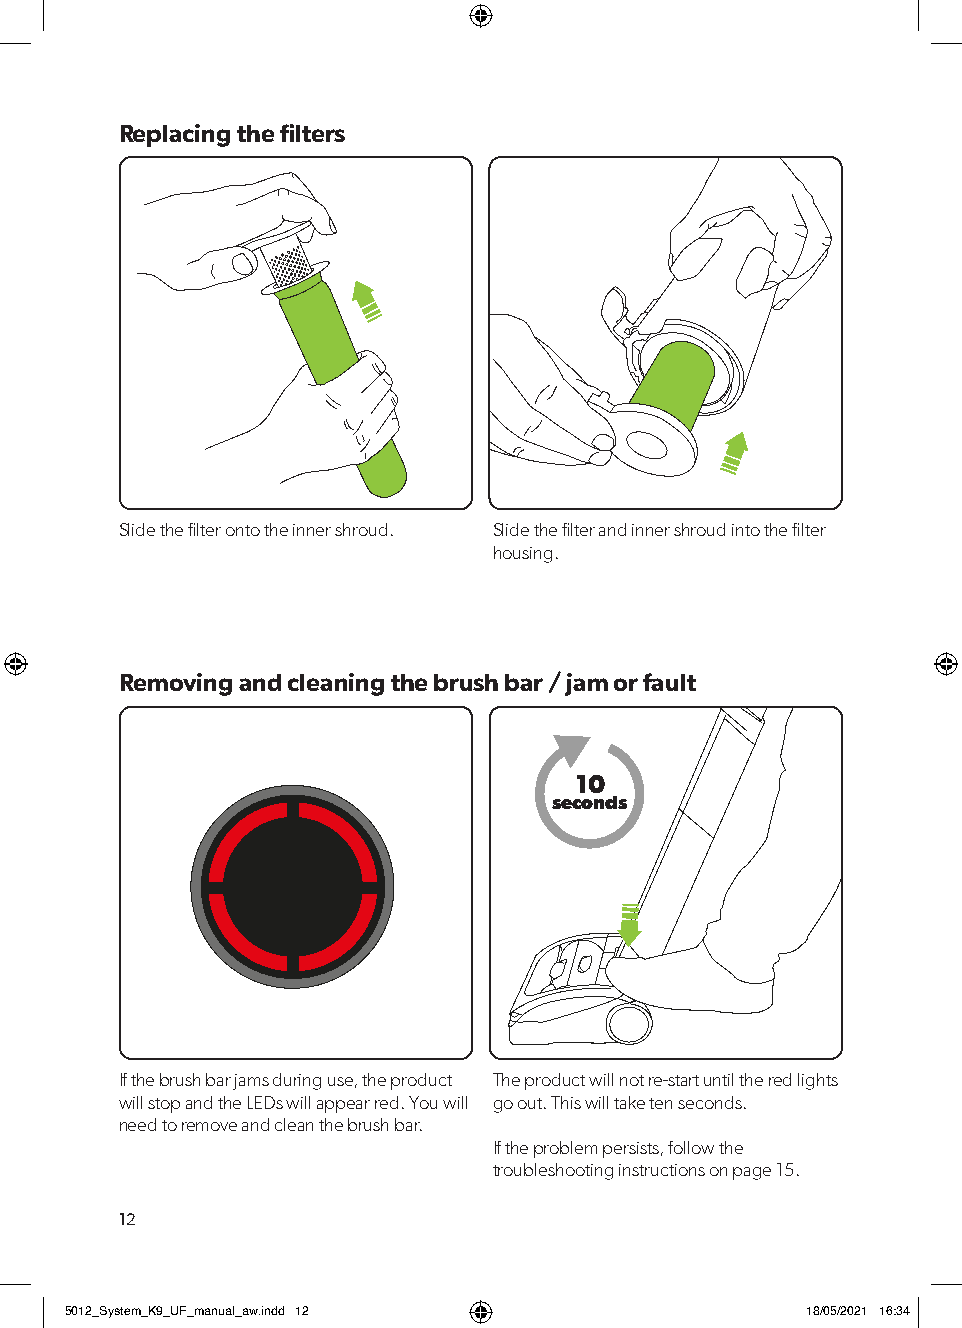
Replacing the filters
 Slide the filter onto the inner shroud. Slide the filter and inner shroud into the filter
 housing.
 Removing and cleaning the brush bar / jam or fault
 10
 seconds
 If the brush bar jams during use, the product The product will not re-start until the red lights
 will stop and the LEDs will appear red. You will go out. This will take ten seconds.
 need to remove and clean the brush bar.
 If the problem persists, follow the
 troubleshooting instructions on page 15.
 12
 55001122__SSyysstteemm__KK99__UUFF__mmaannuuaall__aaww..iinndddd 1122 1188//0055//22002211 1166::3344